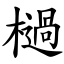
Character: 檛